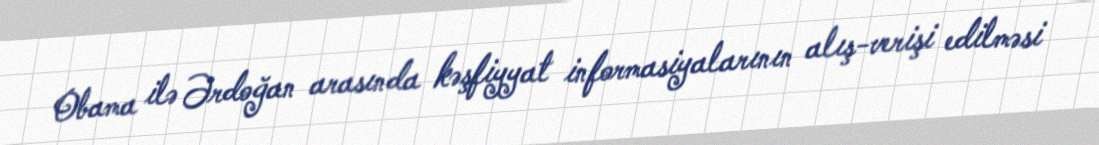
Obama ilə Ərdoğan arasında kəşfiyyat informasiyalarının alış-verişi edilməsi